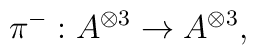
\pi ^{-}:A^{\otimes 3}\rightarrow A^{\otimes 3},\quad